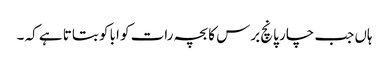
ہاں جب چار پانچ برس کا بچہ رات کو ابا کو بتاتا ہے کہ ۔